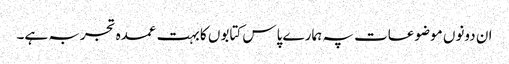
ان دونوں موضوعات پہ ہمارے پاس کتابوں کا بہت عمدہ تجربہ ہے۔